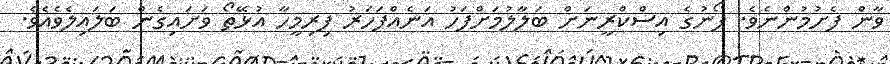
ވާން ފެށުމުންނެވެ. ފޯނުގެ އިސްކްރީނަށް ބަލާލުމަށްފަހު އަނެއްފަހަރު ފިރިމީހާ އުޅޭތޯ ވަށައިގެން ބަލައިލެވެއެވެ.